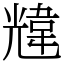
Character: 韑